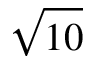
\sqrt { 1 0 }